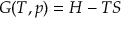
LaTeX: G ( T , p ) = H - T S